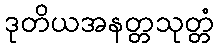
ဒုတိယအနတ္တသုတ္တံ